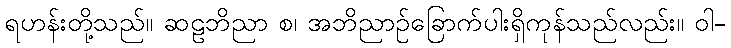
ရဟန်းတို့သည်။ ဆဠဘိညာ စ၊ အဘိညာဉ်ခြောက်ပါးရှိကုန်သည်လည်း။ ဝါ-